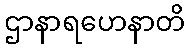
ဌာနာရဟေနာတိ